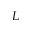
L